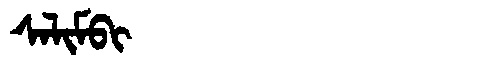
Manchu: ᠰᠠᠯᡳᠮᠪᡳ
Romanization: SALIMBI